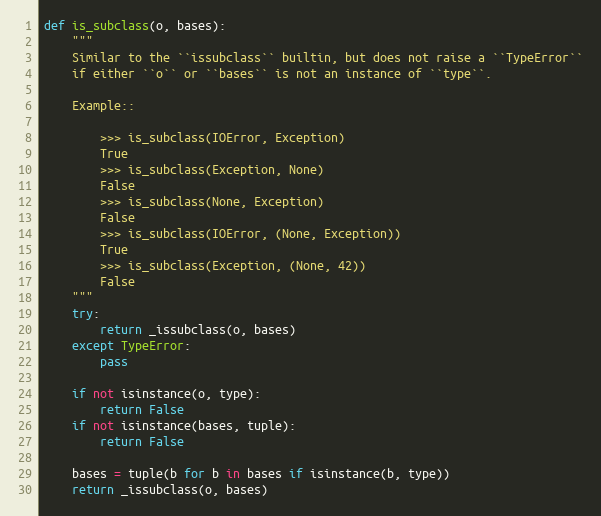
Language: Python
def is_subclass(o, bases):
    """
    Similar to the ``issubclass`` builtin, but does not raise a ``TypeError``
    if either ``o`` or ``bases`` is not an instance of ``type``.

    Example::

        >>> is_subclass(IOError, Exception)
        True
        >>> is_subclass(Exception, None)
        False
        >>> is_subclass(None, Exception)
        False
        >>> is_subclass(IOError, (None, Exception))
        True
        >>> is_subclass(Exception, (None, 42))
        False
    """
    try:
        return _issubclass(o, bases)
    except TypeError:
        pass

    if not isinstance(o, type):
        return False
    if not isinstance(bases, tuple):
        return False

    bases = tuple(b for b in bases if isinstance(b, type))
    return _issubclass(o, bases)